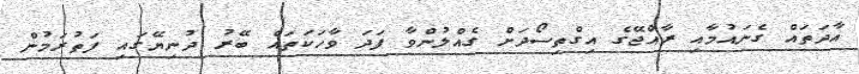
އާދަތައް ގެނައުމާއި ރާއްޖޭގެ އިގްތިސޯދަށް ގެއްލުންވާ ފަދަ ވާހަކަތައް ބޭރު ދުނިޔޭގައި ފަތުރަމުން